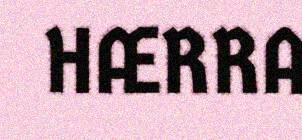
HÆRRA